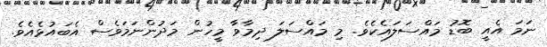
ނަމަ އެއީ ބޮޑު މައްސަލައެކެވެ. މި މައްސަލަ ދިމާވާ މީހުން މަދުންނަމަވެސް އެބައުޅެއެވެ.